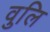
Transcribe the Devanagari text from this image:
वुलि